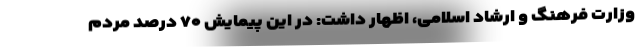
وزارت فرهنگ و ارشاد اسلامی، اظهار داشت: در این پیمایش ۷۰ درصد مردم